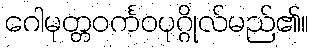
ဂေါမုတ္တဝင်္ကဝပုဂ္ဂိုလ်မည်၏။